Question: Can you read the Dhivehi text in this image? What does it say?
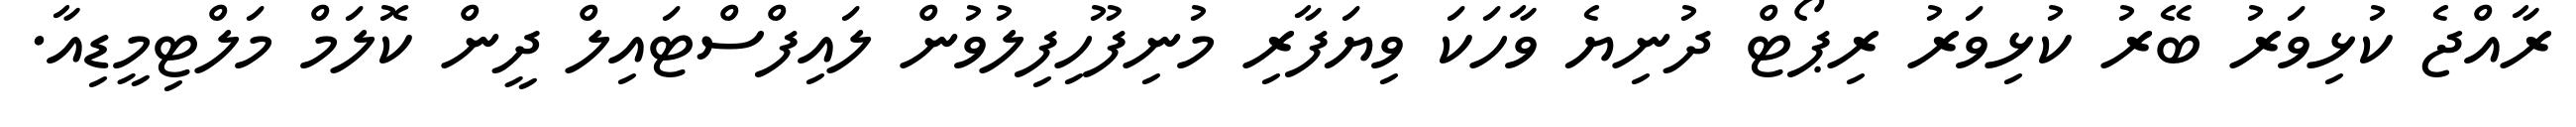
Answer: ރާއްޖެ ކުޅިވަރު ބޭރު ކުޅިވަރު ރިޕޯޓް ދުނިޔެ ވާހަކަ ވިޔަފާރި މުނިފޫހިފިލުވުން ލައިފްސްޓައިލް ދީން ކޮލަމް މަލްޓިމީޑިއާ.